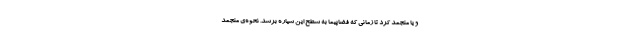
و یا منجمد کرد تا زمانی که فضاپیما به سطح این سیاره برسد. نحوه‌ی منجمد